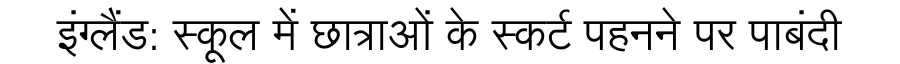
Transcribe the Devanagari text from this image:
इंग्लैंड: स्कूल में छात्राओं के स्कर्ट पहनने पर पाबंदी